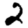
Digit: 2